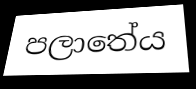
පලාතේය